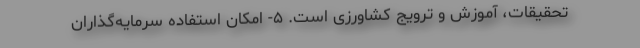
تحقیقات، آموزش و ترویج کشاورزی است. ۵- امکان استفاده سرمایه‌گذاران